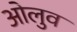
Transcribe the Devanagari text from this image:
ओलुव